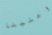
وعلينا